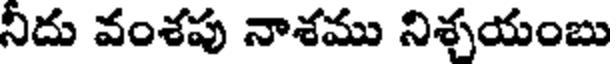
నీదు వంశపు నాశము నిశ్చయంబు